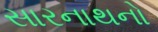
સારનાથનો